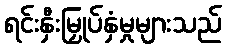
ရင်းနှီးမြှုပ်နှံမှုများသည်